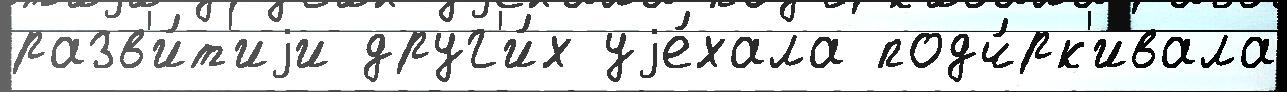
разв'и́т'иjи друг'и́х уjе́хала подч́рк'ивала